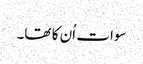
سوات اُن کا تھا۔